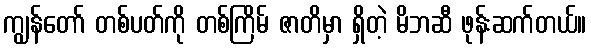
ကျွန်တော် တစ်ပတ်ကို တစ်ကြိမ် ဇာတိမှာ ရှိတဲ့ မိဘဆီ ဖုန်းဆက်တယ်။